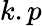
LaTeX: k.p